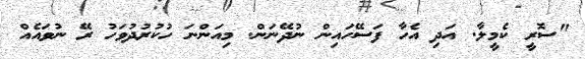
"ސޮރީ ކެމީލާ. އަދި އެހާ ފަސޭހައިން ނުދޭނަން. މިއަންނަ ހުކުރުދުވަހު ރޭ ނުވައެއް